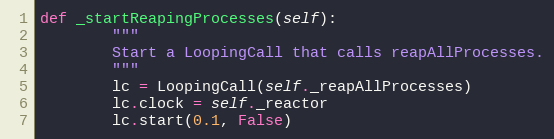
Language: Python
def _startReapingProcesses(self):
        """
        Start a LoopingCall that calls reapAllProcesses.
        """
        lc = LoopingCall(self._reapAllProcesses)
        lc.clock = self._reactor
        lc.start(0.1, False)